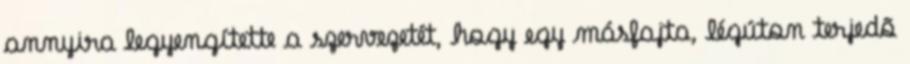
annyira legyengítette a szervezetét, hogy egy másfajta, légúton terjedõ